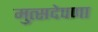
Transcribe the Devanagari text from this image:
मुत्सदेपणा